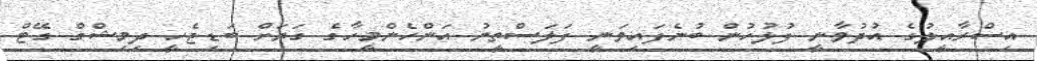
އިސްރާއީލުގެ އުދުވާނީ ފުލުހުން ބުނެފައިވަނީ ފަލަސްތީނު އަންހެންމީހާގެ ގަޔަށް ބަޑިޖެހީ ދިމިޝްގް ގޭޓް